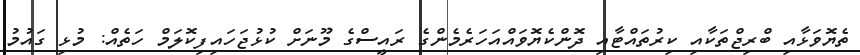
ތެޔޮވަޅާއި ބްރިޖްތަކާއި ކިރުތައްޓާއި ދޮންކެޔޮވައްއަހަރެމެންގެ ރައީސްގެ މޫނަށް ކުޅުޖަހައިފިކޮލަމް ހަތެއް: މުޅި ގައުމު